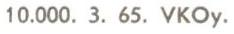
10.000. 3. 65. VKOy.